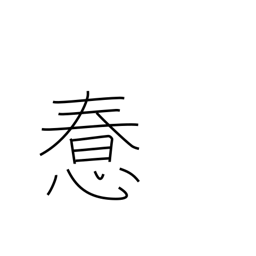
Meaning: foolish